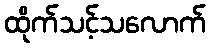
ထိုက်သင့်သလောက်